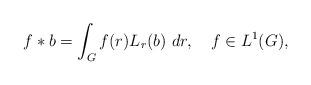
LaTeX: \begin{align*}f \ast b = \int_G f(r) L_r(b) \ dr, \ \ \ f \in L^1(G),\end{align*}